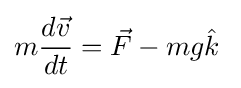
m{\frac {d{\vec {v}}}{dt}}={\vec {F}}-mg{\hat {k}}\;